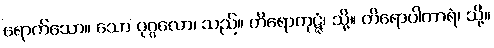
ရောက်သော။ သော ပုဂ္ဂလော၊ သည်။ တိရောကုဋ္ဋံ၊ သို့။ တိရောပါကာရံ၊ သို့။